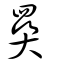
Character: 奰